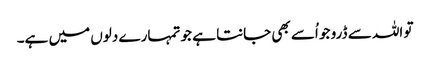
تو اللہ سے ڈرو جو اُسے بھی جانتا ہے جو تمہارے دلوں میں ہے۔